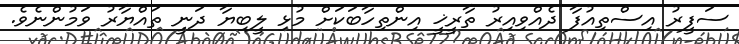
ސަފީރު އިސްތިއުފާ ދެއްވިއިރު ތާރީޚީ އިންތިހާބަކަށް މުޅި ލީބިޔާ ދަނީ ތައްޔާރު ވަމުންނެވެ.